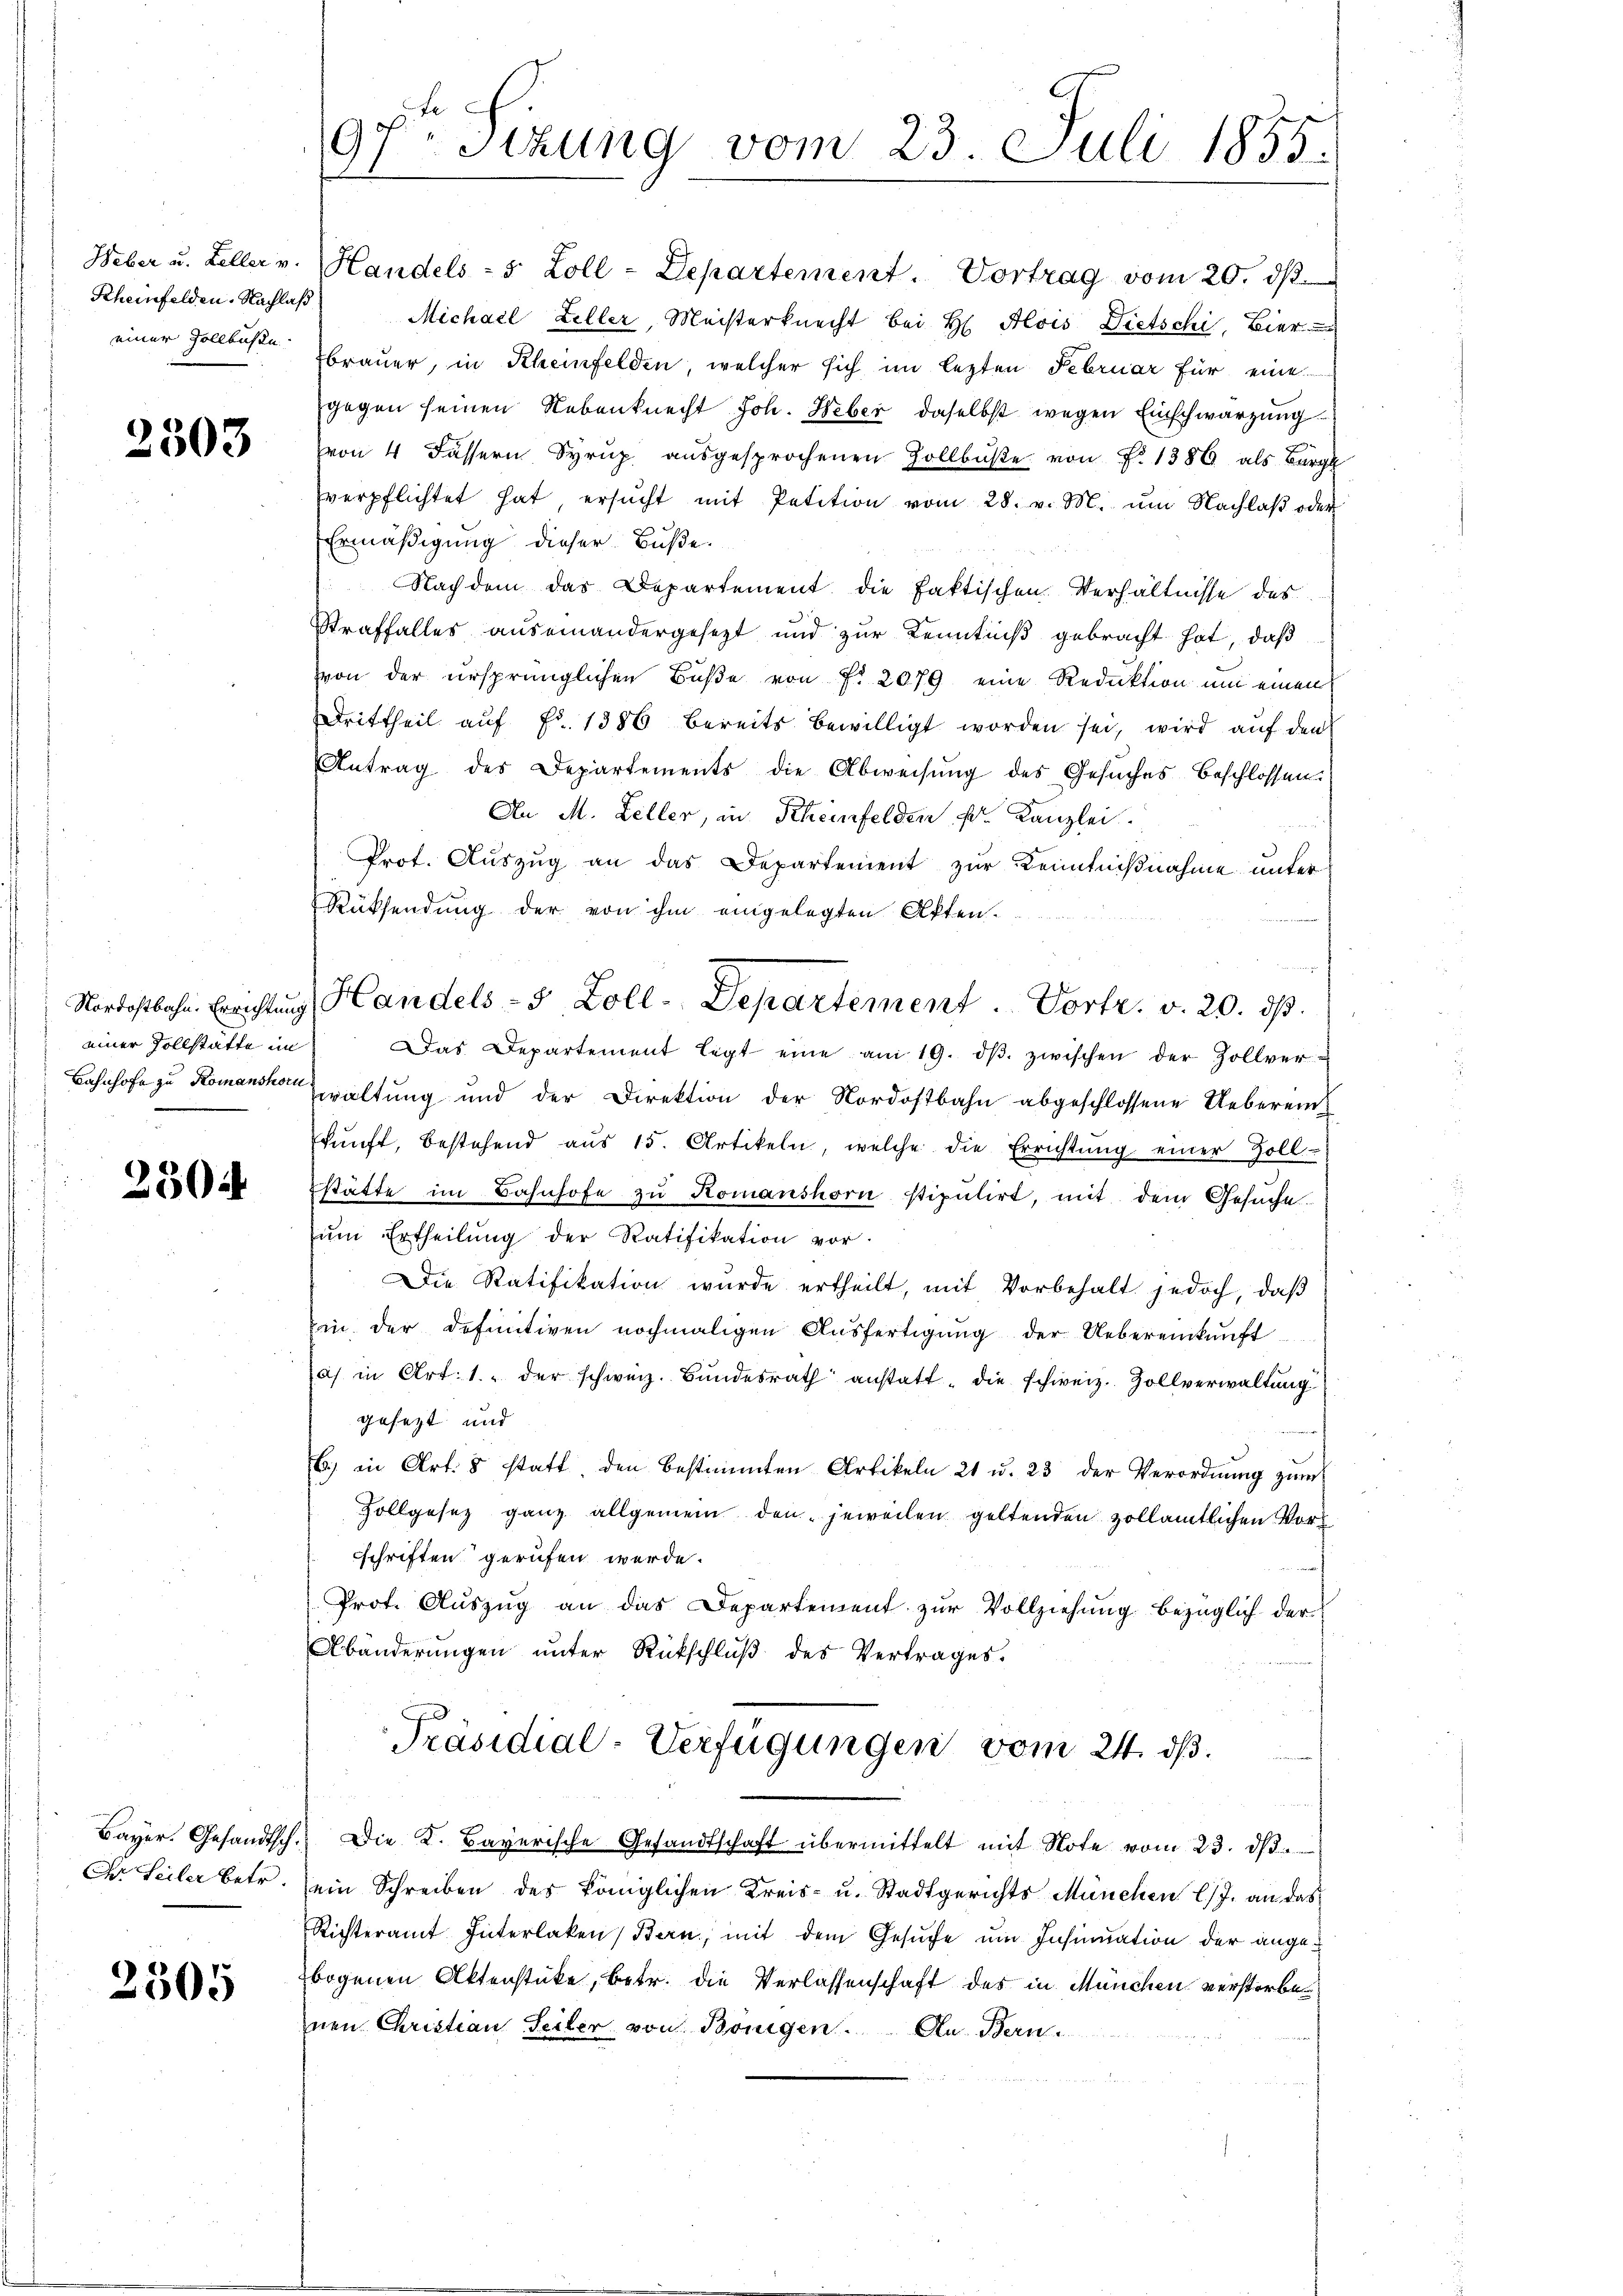
Scheinfelden. Nachlaß
einer Zollbusse

2303

einer Vollstätte im

2304

Der Seiler betr.

2505

97. Sizung vom 23. Juli 1855.

Nachdem das Departement die faktischen Verhältnisse des
Straffalles auseinandergesezt und zur Kenntniß gebracht hat, daß
von der ursprünglichen Buße von N. 2079 eine Reduktion um einen
Drittheil aŭf Fr. 1386 bereits bewilligt worden sei, wird auf den
Antrag des Departements die Abweisung des Gesuches beschlossen:
An M. Leller, in Rheinfelden fr. Kanzlei.
Prot. Auszug an das Departement zur Kenntnißnahme unter
Rücksendung der von ihm eingelegten Akten.
s
Das Departement legt eine am 19. dβ. zwischen der Zollver-
Bahnhofe zu Romano waltung und der Direktion der Nordostbahn abgeschlossene Uebereinkŭnft, bestehend aŭs 15. Artikeln, welche die Errichtŭng einer Zoll-
stätte im Bahnhofe zu Komanshorn stipulirt, mit dem Gesuche
ŭm Ertheilung der Ratifikation vor.
Die Ratifikation wurde ertheilt, mit Vorbehalt jedoch, daβ
in der Definitiven nochmaligen Aŭsfertigŭng der Uebereinkunft
a) in Art. 1. der schweiz. Bŭndesrath anstatt die schweiz. Zollverwaltung
gesezt und
B) in Art. 8 statt den bestimmten Artikeln 21 u. 23 der Verordnŭng zŭm
Zollgesez ganz allgemein den jeweilen geltenden zollämtlichen Vorschriften gerufen werde.
Prot. Auszug an das Departement zur Vollziehung bezüglich der
Abänderungen unter Rückschlŭβ des Vertrages.
Präsidial-Verfügungen vom 24. ds.
Bayer. Gesandtsch. Die K. Bayerische Gesandtschaft übermittelt mit Note vom 23. d.
ein Schreiben des königlichen Kreis- u. Stadtgerichts München l. J. an das
Richteramt Interlaken, Bern, mit dem Gesŭche ŭm Insinuation der angebogenen Aktenstücke, betr. die Verlassenschaft des in München verstorbe
nen Christian Seiler von Bönigen. An Bern

Weber u. Leller v. Handels- 5 Zoll-Departement. Vortrag vom 20. dβ.
Michael Zeller, Meisterknecht bei H. Alois Dietschi, Bier
brauer, in Rheinfelden, welcher sich im lezten Februar für eine
gegen seinen Nebenknecht Joh. Heber daselbst wegen Einschwarzung
von 4 dassern Syrup aŭsgesprochenen Zollbŭβe von Fr. 1386 als Bürgl
verpflichtet hat, ersŭcht mit Petition vom 28. v. M. um Nachlaß oder
Ermäßigung dieser Buße

Nordostbahn. Errichtung Handels- 5 Zoll-Departement. Vortr. v. 20. ds.